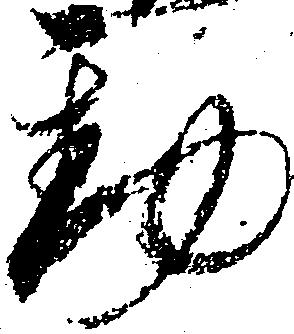
動